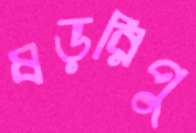
ষড়রিপু